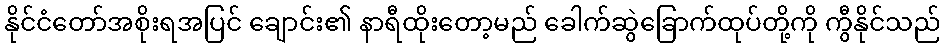
နိုင်ငံတော်အစိုးရအပြင် ချောင်း၏ နာရီထိုးတော့မည် ခေါက်ဆွဲခြောက်ထုပ်တို့ကို ကွီနိုင်သည်